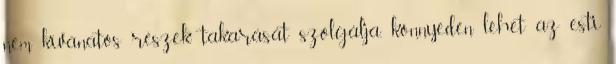
nem kívánatos részek takarását szolgálja, könnyedén lehet az esti